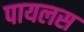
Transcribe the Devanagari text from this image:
पायलस